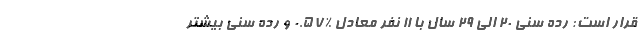
قرار است: رده سنی ۲۰ الی ۲۹ سال با ۱۱ نفر معادل %۰.۵۷ و رده سنی بیشتر